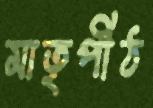
মাতৃপীঠ